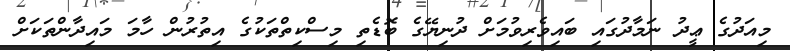
މިއަދުގެ ޢީދު ނަމާދުގައި ބައިވެރިވުމަށް ދުނިޔޭގެ ބޮޑެތި މިސްކިތްތަކުގެ އިތުރުން ހާމަ މައިދާންތަކަށް